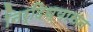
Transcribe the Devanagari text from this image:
निर्दिध्यासन